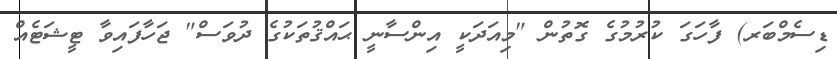
ޑިސެމްބަރ) ފާހަގަ ކުރުމުގެ ގޮތުން "މިއަދަކީ އިންސާނީ ޙައްޤުތަކުގެ ދުވަސް" ޖަހާފައިވާ ޓީޝަޓެއް